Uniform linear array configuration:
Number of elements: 24
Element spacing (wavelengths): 0.5
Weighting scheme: hamming
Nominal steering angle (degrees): -30
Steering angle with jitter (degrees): -28.206
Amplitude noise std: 0.05
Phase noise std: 0.05

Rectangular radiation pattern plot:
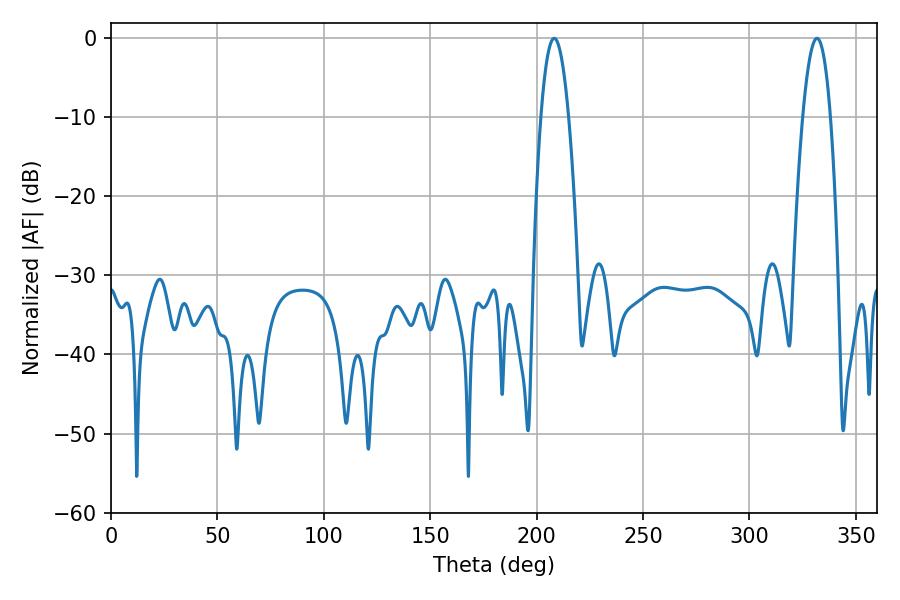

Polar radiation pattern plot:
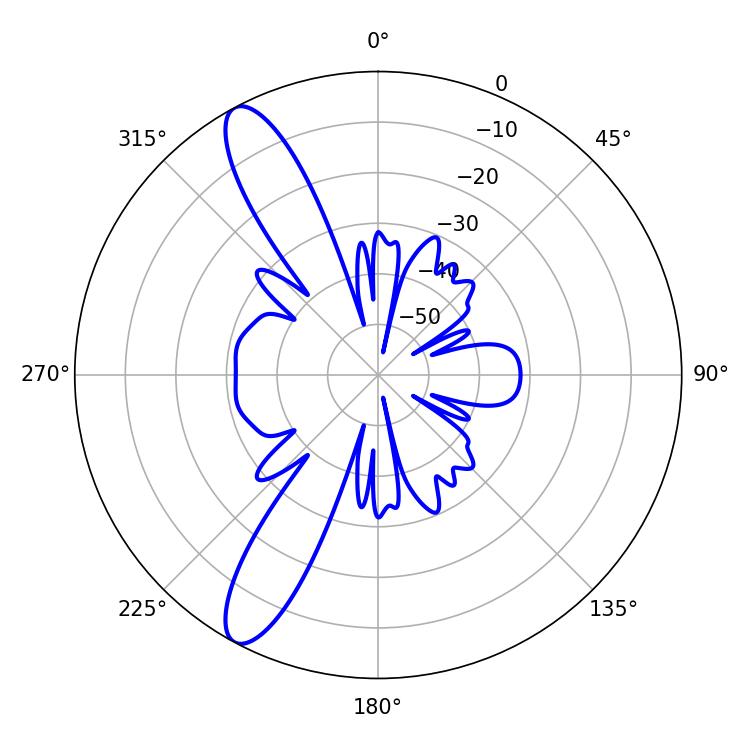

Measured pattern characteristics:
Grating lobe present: FALSE
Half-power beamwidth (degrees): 7.2
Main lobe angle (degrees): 208.26